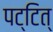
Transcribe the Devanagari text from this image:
पट्टित्